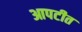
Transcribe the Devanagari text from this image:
आपटीत